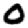
Digit: 0